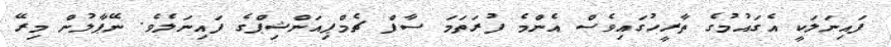
ފައިނަލަކީ އެގައުމުގެ ތާރީހުގައިވެސް އެންމެ ފުރަތަމަ ސާފް ޗެމްޕިއަންޝިޕްގެ ފައިނަލެވެ. ނޭޕާލުން މިރޭ